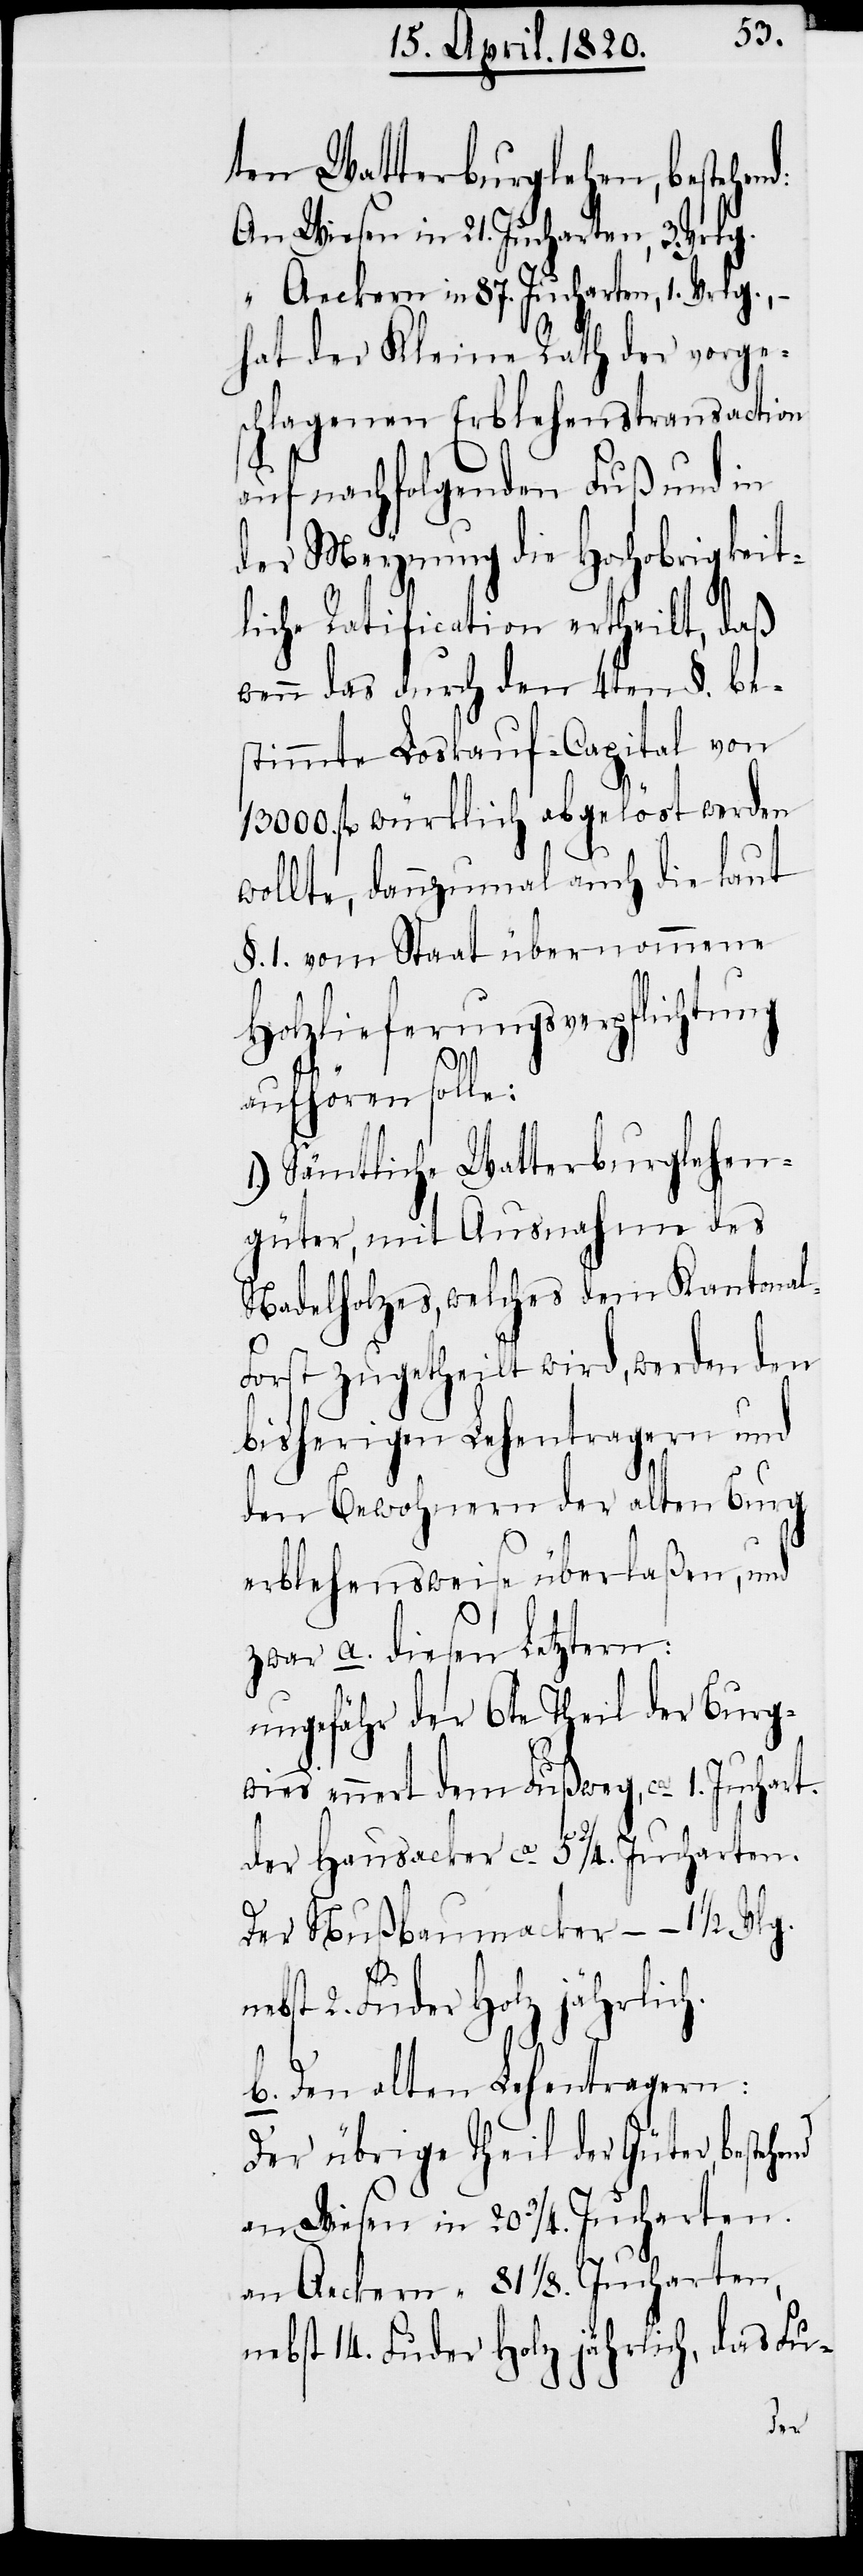
ten Watterburglehen, bestehend:
An Wiesen in 21. Jucharten, 3. Vrlg.
“ Ackern in 87. Jucharten, 1. Vrlg.,
hat der Kleine Rath der vorges¬
chlagenen Erblehenstransaction
auf nachfolgenden Fuβ und in
der Meynung die Hochobrigkeit¬
liche Ratification ertheilt, daβ
wenn das durch den 4ten §. be¬
stimmte Loskauf-Capital von
fl. würklich abgelöst werden
wollte, dannzumal auch die laut
§.1. vom Staat übernommene
Holzlieferungsverpflichtung
aufhören solle:
Sämtliche Watterburglehen¬
güter, mit Ausnahme des
Nadelholzes, welches dem Kantona¬
orst zugetheilt wird, werden den
bisherigen Lehentragern und
den Bewohnern der alten Burg
erblehensweise überlaβen, und
zwar a. diesen Letztern:
ungefähr der 6te Theil der Burg¬
wies ennert dem Fuβweg, ca 1. Juchart.
hend
der Hausacker ca 5 2/4 Jucharten.
Der Nuβbaumacker […] 1 1/2
2. Fuder Holz jährlich.
b. Den alten Lehentragern:
Der übrige Theil der Güter, beste¬
an Wiesen in 20 3/4 Jucharten.
an Aackern in 81 1/8. Jucharten,
nebst 14. Fuder Holz jährlich, das Fu-